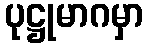
ပုဋ္ဌုမာဂမှာ